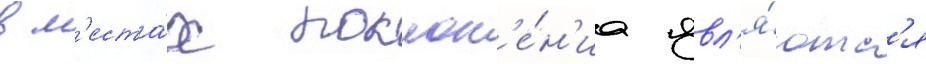
в м'еста́х поклон'е́н'иа явл'я́ютс'я